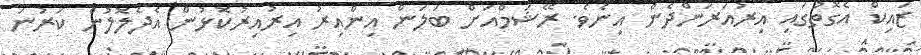
ޒައިކް އެގޮތުގައި އިރުއަރަންދެން އިނެވެ. ރޭޝަމްއަށް ބަލަން އިންއިރު އިރުއިރުކޮޅުން އެދެލޮލުން ކަރުނަ